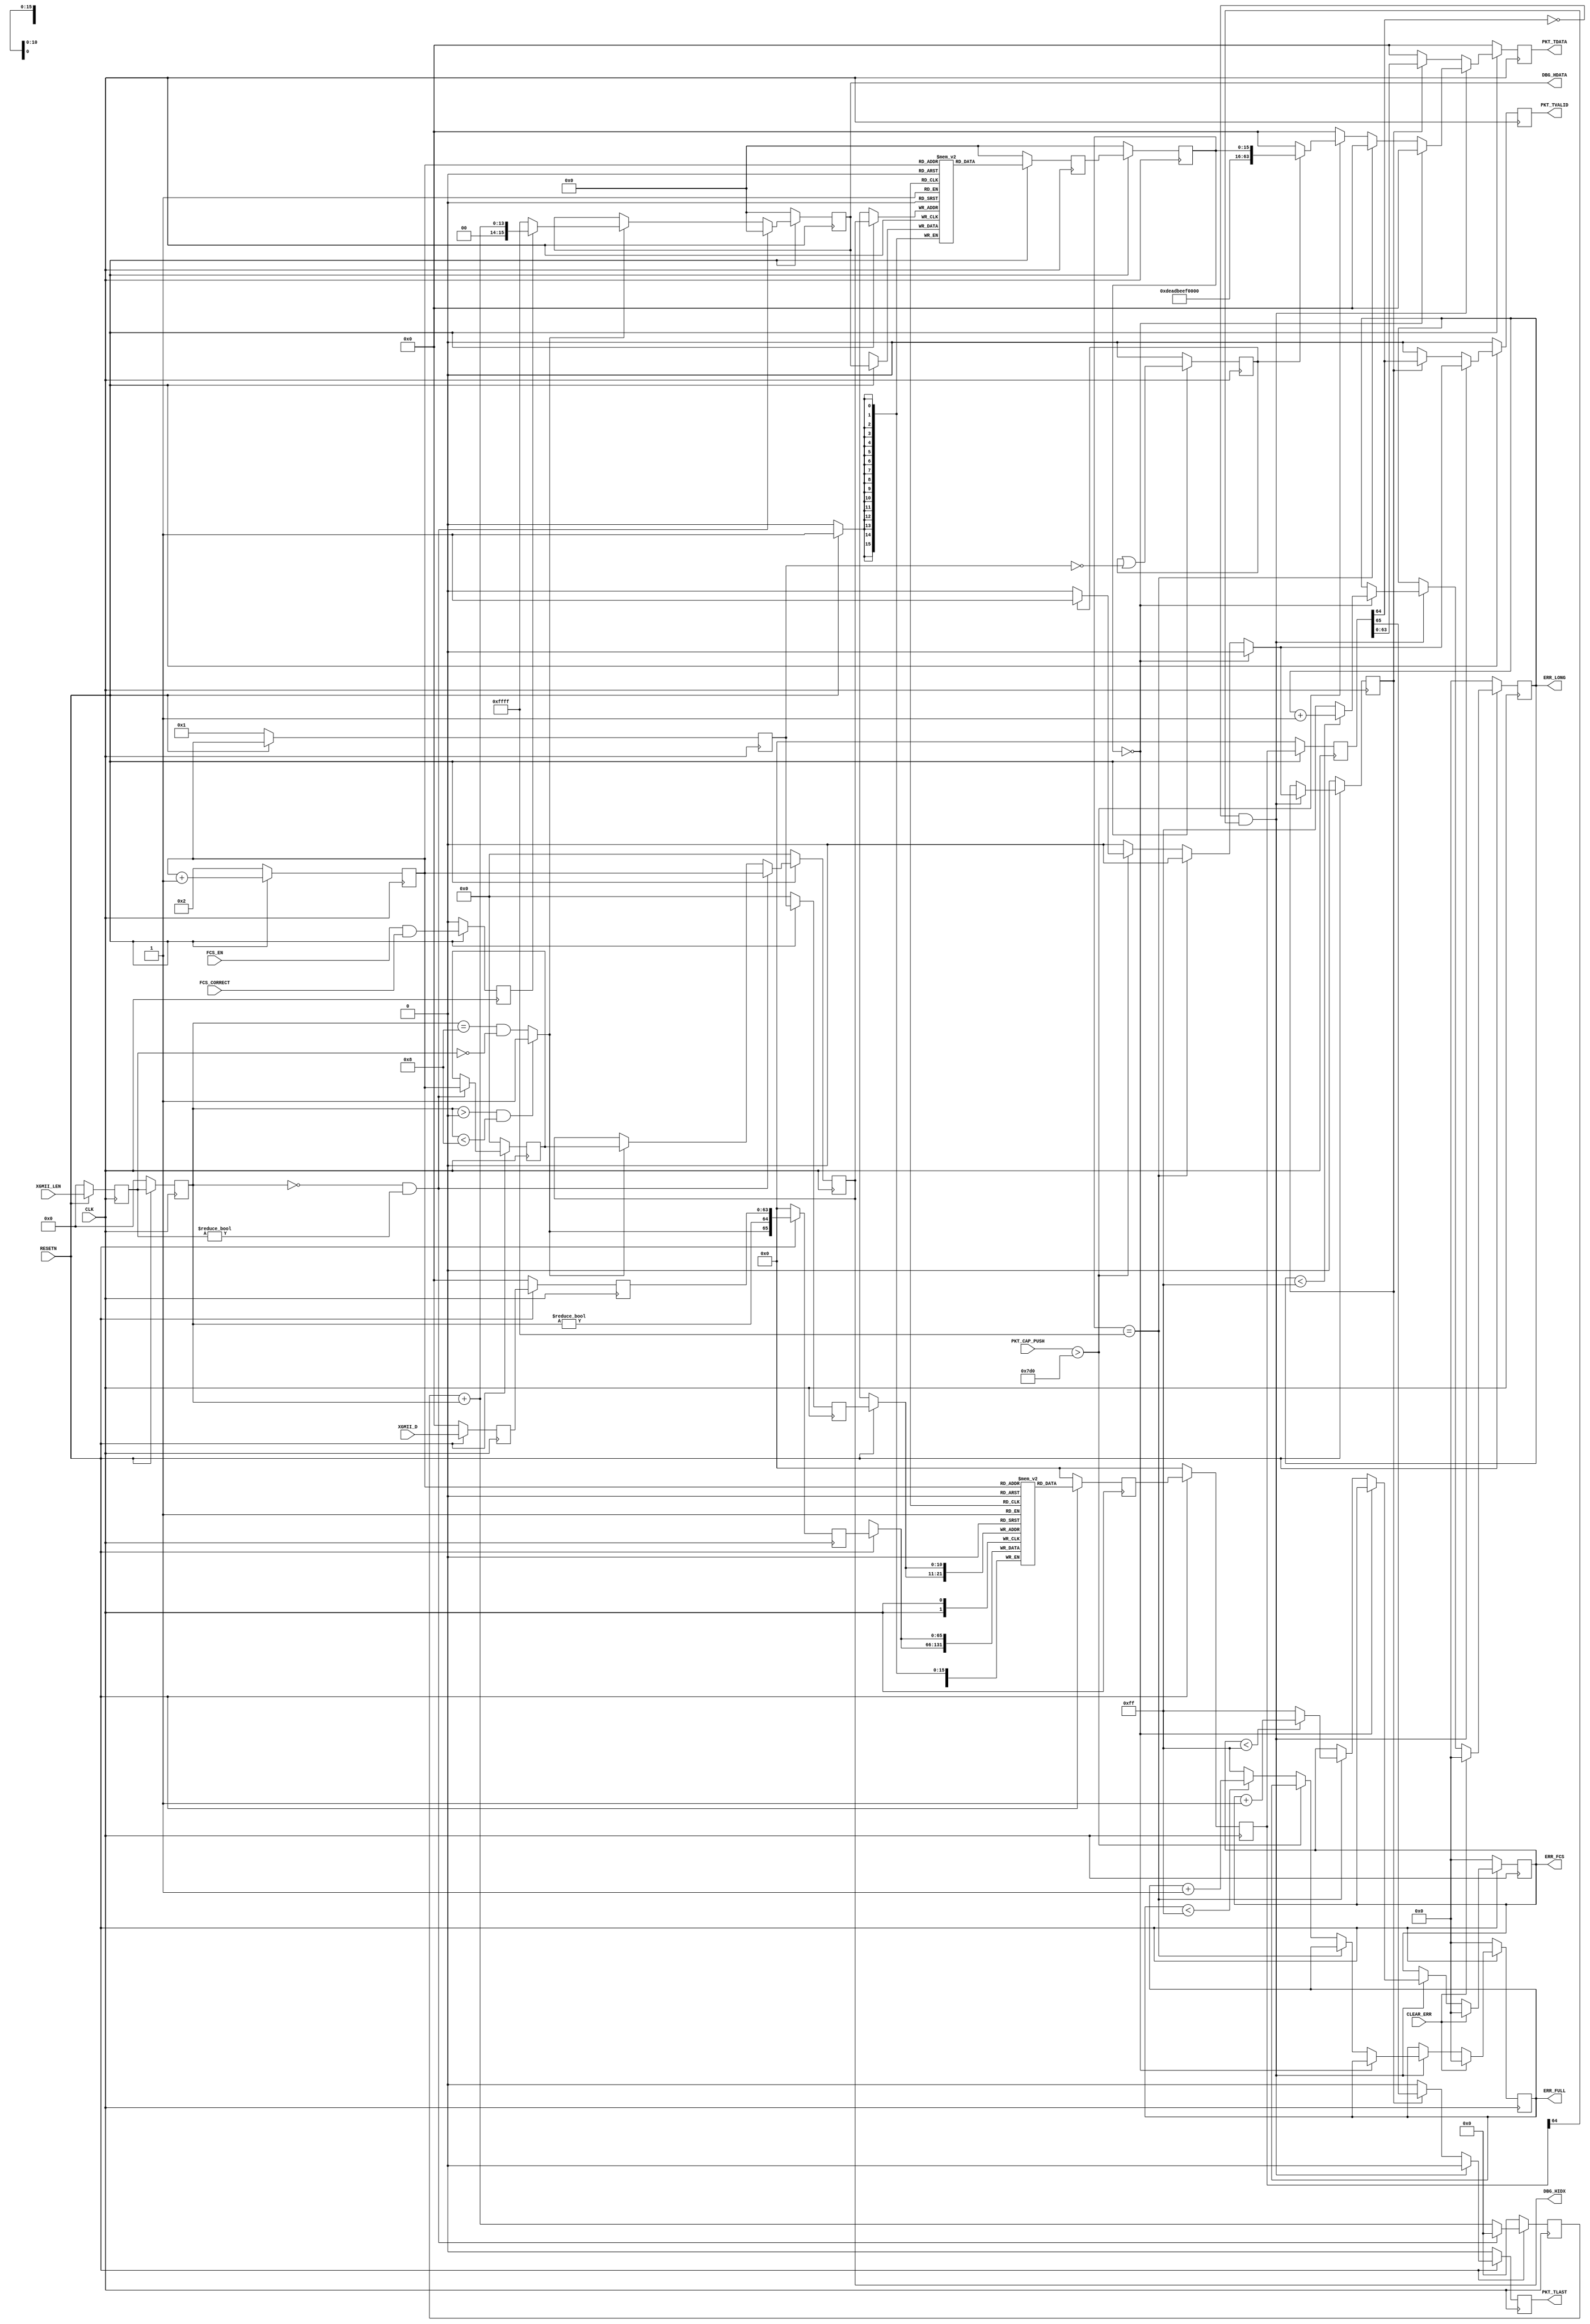

// Copyright (C) Akira Higuchi  ( https://github.com/ahiguti )
// Copyright (C) DeNA Co.,Ltd. ( https://dena.com )
// All rights reserved.
// See COPYRIGHT.txt for details

module xgmii_add_header(
  CLK, RESETN, XGMII_D, XGMII_LEN, FCS_EN, FCS_CORRECT,
  PKT_TDATA, PKT_TVALID, PKT_TLAST, PKT_CAP_PUSH,
  ERR_LONG, ERR_FCS, ERR_FULL, CLEAR_ERR, DBG_HIDX, DBG_HDATA);
input CLK;
input RESETN;
input [63:0] XGMII_D; // XGMII RXD or TXD
input [3:0] XGMII_LEN; // XGMII_D 
input FCS_EN; // FCS
input FCS_CORRECT; // FCS_ENFCS
output [63:0] PKT_TDATA; //  (axis)
output PKT_TVALID; //  (axis)
output PKT_TLAST; //  (axis)
input [11:0] PKT_CAP_PUSH;
output [7:0] ERR_LONG;
output [7:0] ERR_FCS;
output [7:0] ERR_FULL;
input CLEAR_ERR;
output [10:0] DBG_HIDX;
output [15:0] DBG_HDATA;

reg [63:0] xgmii_d_r; // XGMII_D
reg [63:0] xgmii_d_rr;
reg [3:0] xgmii_len_r; // XGMII_LEN
reg [3:0] xgmii_len_rr;
reg rx_fcs_match_r;
reg [10:0] rd_offset; // 
reg [10:0] wr_offset; // 
reg [10:0] hdr_offset; // 
reg enable_out; // 
reg [13:0] pkt_size; // 
reg [10:0] buf_widx; // buffer
reg [65:0] buf_wdata; // buffer
reg [65:0] buffer[0:2047]; // (BRAM)
reg [10:0] hbuf_widx; // hbuffer
reg [15:0] hbuf_wdata; // hbuffer
reg [15:0] hbuffer[0:2047]; // (BRAM)
reg [65:0] buf_rdata[0:2]; // buffer
reg [15:0] buf_rhdr[0:2]; // hbuffer
reg enable_pkt; // 
reg [63:0] pkt_tdata;
reg pkt_tvalid;
reg pkt_tlast;
reg [7:0] err_long;
reg [7:0] err_fcs;
reg [7:0] err_full;

wire is_rr_rxlast =
  (xgmii_len_rr > 0 && xgmii_len_rr < 8) ? 1 : (xgmii_len_rr == 8 && xgmii_len_r == 0);
  // xgmii_d_rr
wire is_rr_gaplast = (xgmii_len_rr == 0 && xgmii_len_r != 0);
  // xgmii_d_rrgap
wire [13:0] pkt_size_next = pkt_size + xgmii_len_rr;
wire [65:0] rdata1 = buf_rdata[1];
wire [65:0] rdata2 = buf_rdata[2];
wire [15:0] rhdr1 = buf_rhdr[1];
wire rdata1_valid = rdata1[64];
wire rdata2_valid = rdata2[64];
wire pkt_cap_ready = (PKT_CAP_PUSH > 2000);

assign PKT_TDATA = pkt_tdata;
assign PKT_TVALID = pkt_tvalid;
assign PKT_TLAST = pkt_tlast;
assign ERR_LONG = err_long;
assign ERR_FCS = err_fcs;
assign ERR_FULL = err_full;
assign DBG_HIDX = hbuf_widx;
assign DBG_HDATA = hbuf_wdata;

integer i;
always @(posedge CLK) begin
  if (!RESETN) begin
    xgmii_d_r <= 0;
    xgmii_d_rr <= 0;
    xgmii_len_r <= 0;
    xgmii_len_rr <= 0;
    rx_fcs_match_r <= 0;
    rd_offset <= 2;
    wr_offset <= 1;
    hdr_offset <= 0;
    enable_out <= 0;
    pkt_size <= 0;
    buf_widx <= 0;
    buf_wdata <= 0;
    hbuf_widx <= 0;
    hbuf_wdata <= 0;
    buf_rdata[0] <= 0;
    buf_rdata[1] <= 0;
    buf_rdata[2] <= 0;
    buf_rhdr[0] <= 0;
    buf_rhdr[1] <= 0;
    buf_rhdr[2] <= 0;
    enable_pkt <= 0;
    pkt_tdata <= 0;
    pkt_tvalid <= 0;
    pkt_tlast <= 0;
    err_long <= 0;
    err_fcs <= 0;
    err_full <= 0;
  end else begin
    xgmii_d_r <= XGMII_D;
    xgmii_d_rr <= xgmii_d_r;
    xgmii_len_r <= XGMII_LEN;
    xgmii_len_rr <= xgmii_len_r;
    rx_fcs_match_r <= FCS_EN && FCS_CORRECT;
    rd_offset <= rd_offset + 1;
    wr_offset <= rd_offset; // rd_offset
    buf_widx <= wr_offset;
    buf_wdata <= { is_rr_rxlast, (xgmii_len_rr != 0), xgmii_d_rr[63:0] };
    buffer[buf_widx] <= buf_wdata;
    pkt_size <= pkt_size_next;
    if (is_rr_gaplast) begin
      hdr_offset <= rd_offset; // == wr_offset + 1
      hbuf_widx <= rd_offset;
      hbuf_wdata <= 0; // 0
      pkt_size <= 0;
    end else if (is_rr_rxlast) begin
      hbuf_widx <= hdr_offset;
      hbuf_wdata <= pkt_size_next;
      if (!rx_fcs_match_r) begin
        hbuf_wdata <= 16'hffff;
      end
    end
    hbuffer[hbuf_widx] <= hbuf_wdata;
    enable_out <= enable_out | (wr_offset == 0); // 
    buffer[buf_widx] <= buf_wdata;
    buf_rdata[0] <= buffer[rd_offset];
    buf_rhdr[0] <= hbuffer[rd_offset];
    buf_rdata[1] <= buf_rdata[0];
    buf_rhdr[1] <= buf_rhdr[0];
    buf_rdata[2] <= buf_rdata[1];
    buf_rhdr[2] <= buf_rhdr[1];
    if (!rdata2_valid && rdata1_valid) begin // packet head
      pkt_tdata <= 0;
      pkt_tvalid <= 0;
      pkt_tlast <= 0;
      enable_pkt <= 0;
      if (rhdr1[15:0] == 0) begin
        err_long <= (err_long < 255) ? err_long + 1 : 255;
      end else  if (rhdr1[15:0] == 16'hffff) begin
        err_fcs <= (err_fcs < 255) ? err_fcs + 1 : 255;
      end else if (!pkt_cap_ready) begin
        err_full <= (err_full < 255) ? err_full + 1 : 255;
      end else if (enable_out) begin
        pkt_tdata <= { 48'hdeadbeef0000, rhdr1[15:0] };
        pkt_tvalid <= 1;
        enable_pkt <= 1;
      end
    end else if (enable_pkt) begin // packet body, enabled
      pkt_tdata <= rdata2[63:0];
      pkt_tvalid <= rdata2[64];
      pkt_tlast <= rdata2[65];
    end else begin // packet body, disabled
      pkt_tdata <= 0;
      pkt_tvalid <= 0;
      pkt_tlast <= 0;
    end
    if (CLEAR_ERR) begin
      err_long <= 0;
      err_fcs <= 0;
      err_full <= 0;
    end
  end
end

endmodule